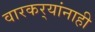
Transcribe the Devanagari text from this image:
वारकर्‍यांनाही